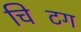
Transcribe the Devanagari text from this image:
चिटिंग